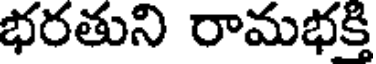
భరతుని రామభక్తి